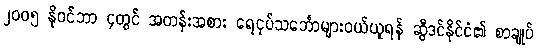
၂၀၀၅ နိုဝင်ဘာ ၄တွင် အတန်းအစား ရေငုပ်သင်္ဘောများဝယ်ယူရန် ဆွီဒင်နိုင်ငံ၏ စာချုပ်